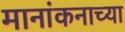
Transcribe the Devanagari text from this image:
मानांकनाच्या